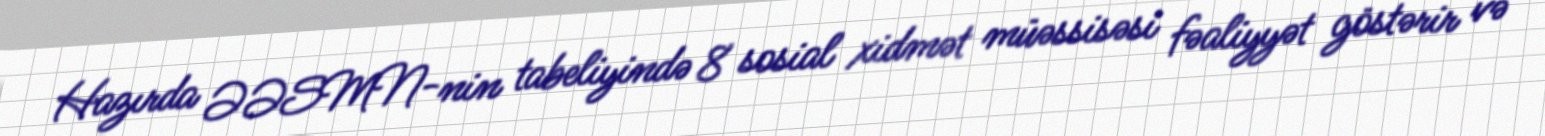
Hazırda ƏƏSMN-nin tabeliyində 8 sosial xidmət müəssisəsi fəaliyyət göstərir və